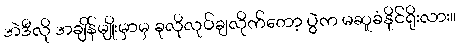
အဲဒီလို အချိန်မျိုးမှာမှ ခုလိုလုပ်ချလိုက်တော့ ပွဲက မဆူခံနိုင်ရိုးလား။